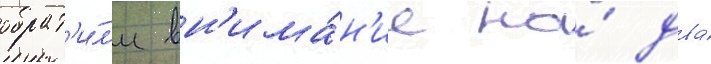
обрат'и́л'и вн'има́н'ие на́ два́